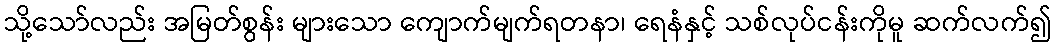
သို့သော်လည်း အမြတ်စွန်း များသော ကျောက်မျက်ရတနာ၊ ရေနံနှင့် သစ်လုပ်ငန်းကိုမူ ဆက်လက်၍